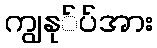
ကျွနု်ပ်အား